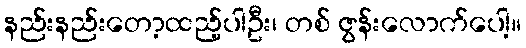
နည်းနည်းတော့ထည့်ပါဦး၊ တစ် ဇွန်းလောက်ပေါ့။